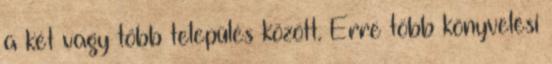
a két vagy több település között. Erre több könyvelési